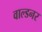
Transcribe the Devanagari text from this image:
वाल्डनर